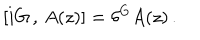
\left[ i G \, , \, A ( z ) \right] = \delta ^ { G } A ( z ) \, .